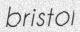
bristol